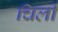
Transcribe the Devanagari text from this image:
चिली